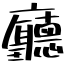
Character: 廳